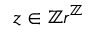
z \in \mathbb { Z } r ^ { \mathbb { Z } }